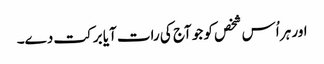
اور ہر اُس شخص کو جو آج کی رات آیا برکت دے۔